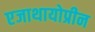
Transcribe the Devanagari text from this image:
एजाथायोप्रीन